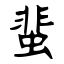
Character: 蜚